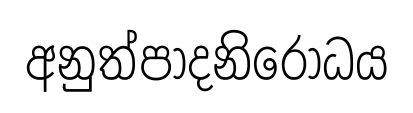
අනුත්පාදනිරොධය